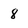
Character: 8